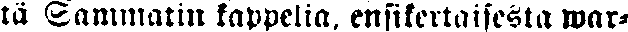
tä Sammatin kappelia, ensikertaisesta war-